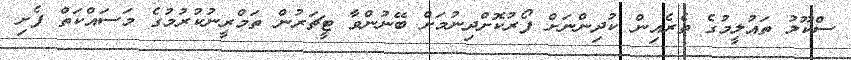
ސްކޫލު ތައުލީމުގެ ތެރެއިން ކުދިންނަށް ފޯރުކޮށްދިނުމަށް ބޭނުންވާ ޓީޗަރުން ތަމްރީނުކުރުމުގެ މަސައްކަތް ފެށި